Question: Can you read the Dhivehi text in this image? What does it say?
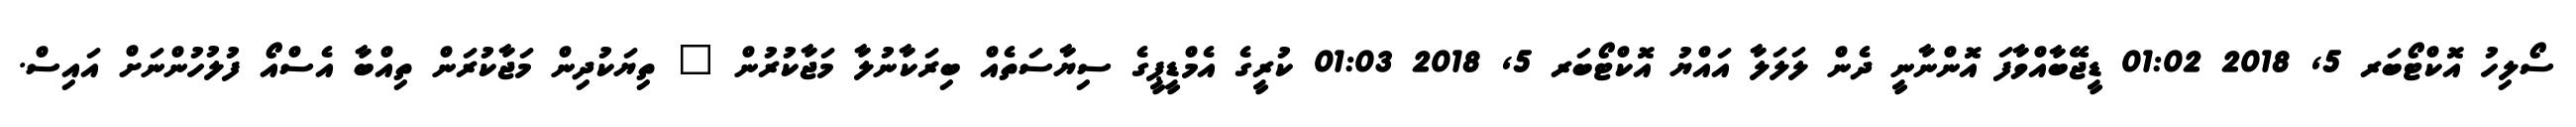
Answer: ސޯލިހު އޮކްޓޯބަރ 5, 2018 01:02 ޑީޖޭބާއްވާފަ އޮންނާނީ ދެން ލަލަލާ އައްޔު އޮކްޓޯބަރ 5, 2018 01:03 ކުރީގެ އެމްޑީޕީގެ ސިޔާސަތެއް ބިރަކާނުލާ މަޖާކުރުން " ތިޔަކުދިން މަޖާކުރަން ތިއްބާ އެސްއޯ ފުލުހުންނަށް އައިސް.